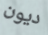
ديون